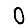
Digit: 0